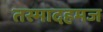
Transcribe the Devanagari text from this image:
तस्मादहमज